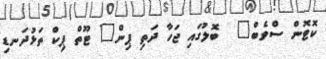
ކޮޓޮން ސްވެބް"  ބޮލުގައި ޖަހާ ދަތި ޕިން" ޓޫތް ޕިކް ތަޅުދަނޑި